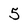
Character: 5